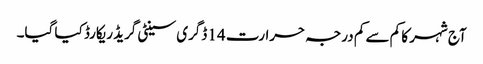
آج شہر کا کم سے کم درجہ حرارت 14 ڈگری سینٹی گریڈ ریکارڈ کیا گیا۔